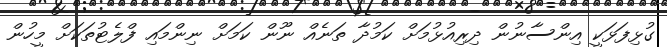
ގުޅިފަޅަކީ އިންސާނުން ދިރިއުޅުމަށް ކަމުދާ ތަނެއް ނޫން ކަމަށް ނިންމައި ފްލެޓުތަކަށް މީހުން